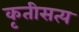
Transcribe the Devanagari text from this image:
कृतीसत्य